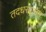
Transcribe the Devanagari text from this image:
तदधरपानम्